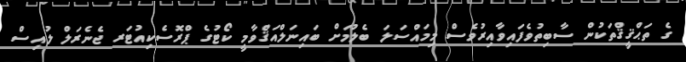
ގެ ތަޙްޤީޤްތަކުން ސާބިތުވެފައިވާއިރުވެސް މިމައްސަލަ ބެލުމަށް ބައިނަލްއަޤްވާމީ ކޯޓުގެ ޕްރޮސެކިއުޓަރ ޖެނެރަލް ލުއިސް